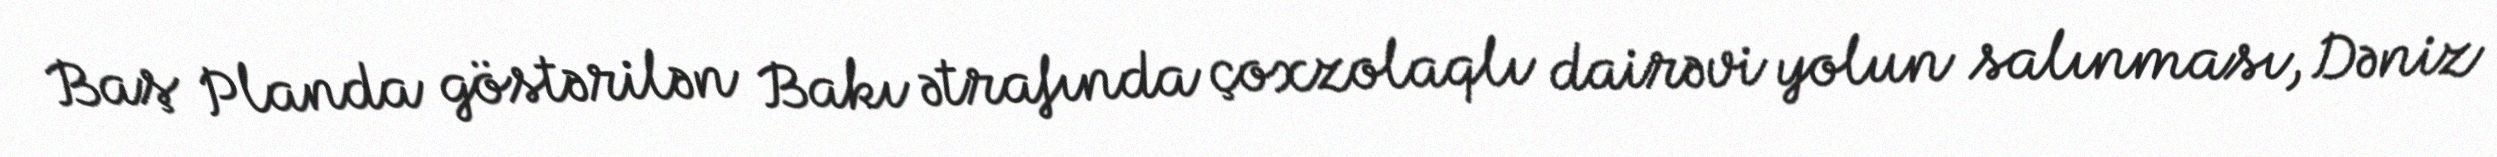
Baş Planda göstərilən Bakı ətrafında çoxzolaqlı dairəvi yolun salınması, Dəniz